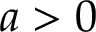
a > 0